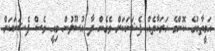
އަމީތާބުގެ ކޮންމެ ހަރަކާތެއް ފެޝަނަކަށް ވެގެން ދާ އުސޫލުން މިއީ ވެސް ފެޝަނަކަށް